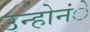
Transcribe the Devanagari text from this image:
उन्होनंे